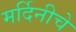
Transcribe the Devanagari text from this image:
मर्दिनीचे